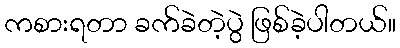
ကစားရတာ ခက်ခဲတဲ့ပွဲ ဖြစ်ခဲ့ပါတယ်။